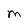
Character: M